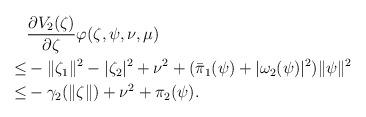
LaTeX: \begin{align*}&\frac{\partial V_{2}(\zeta)}{\partial \zeta}\varphi(\zeta,\psi,\nu,\mu)\\\leq&-\|\zeta_{1}\|^{2}-|\zeta_{2}|^{2}+\nu^{2}+(\bar{\pi}_{1}(\psi)+|\omega_{2}(\psi)|^{2})\|\psi\|^{2}\\\leq&-\gamma_{2}(\|\zeta\|)+\nu^{2}+\pi_{2}(\psi).\\\end{align*}